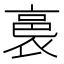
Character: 裛